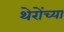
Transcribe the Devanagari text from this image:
थेरोंच्या